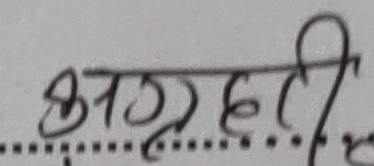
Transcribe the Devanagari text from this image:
बहादुरैही